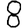
Digit: 8